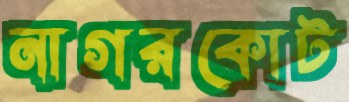
নাগরকোট